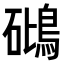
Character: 𥖧